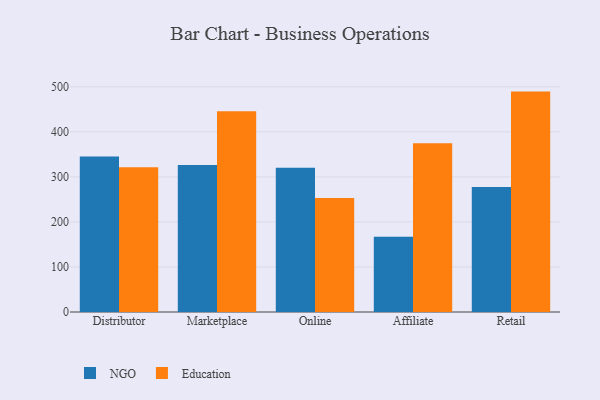
{"axis": {"x": "Channel", "y": "Gross Profit (USD K)"}, "legend": ["Education", "NGO"], "data": [{"x": "Distributor", "y": 345.3, "type": "NGO"}, {"x": "Distributor", "y": 321.6, "type": "Education"}, {"x": "Marketplace", "y": 326.4, "type": "NGO"}, {"x": "Marketplace", "y": 445.9, "type": "Education"}, {"x": "Online", "y": 320.2, "type": "NGO"}, {"x": "Online", "y": 253.1, "type": "Education"}, {"x": "Affiliate", "y": 166.9, "type": "NGO"}, {"x": "Affiliate", "y": 374.8, "type": "Education"}, {"x": "Retail", "y": 277.8, "type": "NGO"}, {"x": "Retail", "y": 489.5, "type": "Education"}]}